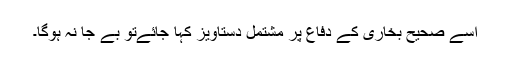
اسے صحیح بخاری کے دفاع پر مشتمل دستاویز کہا جائےتو بے جا نہ ہوگا۔